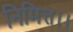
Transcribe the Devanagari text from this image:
निमित्त।।